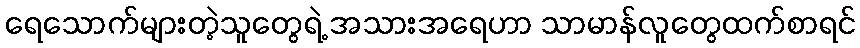
ရေသောက်များတဲ့သူတွေရဲ့ အသားအရေဟာ သာမာန်လူတွေထက်စာရင်